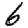
Digit: 6